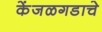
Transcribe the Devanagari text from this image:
केंजळगडाचे